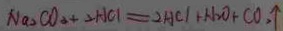
N a _ { 2 } C O _ { 3 } + 2 H C l = 2 H C l + H _ { 2 } O + C O _ { 2 } \uparrow